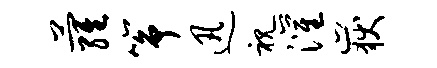
萝筝迅视灌岳